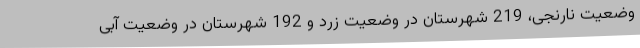
وضعیت نارنجی، 219 شهرستان در وضعیت زرد و 192 شهرستان در وضعیت آبی